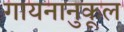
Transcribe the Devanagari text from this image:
गायनानुकूल